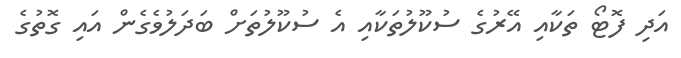
އަދި ފޮޓޯ ތަކާއި އޭރުގެ ސުކޫލުތަކާއި އެ ސުކޫލުތަށް ބަދަލުވެގެން އައި ގޮތުގެ